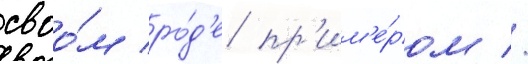
своо́м ро́д'е пр'им'е́ром //